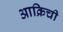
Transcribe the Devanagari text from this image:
आक्रिची